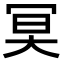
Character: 𠖇